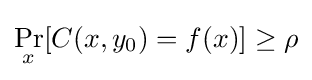
\Pr _{x}[C(x,y_{0})=f(x)]\geq \rho